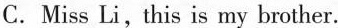
C.Miss Li, this is my brother.